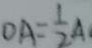
O A = \frac { 1 } { 2 } A